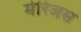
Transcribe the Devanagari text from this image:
मेरिअस